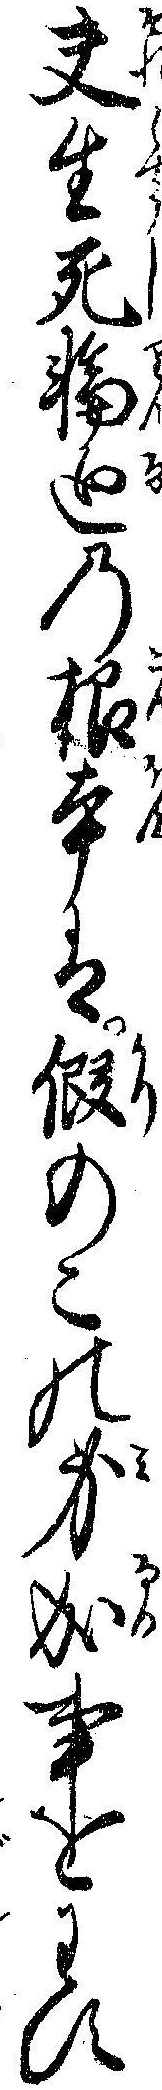
夫生死輪廻の根本は仮のこの身成事をわす